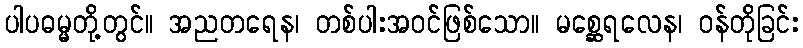
ပါပဓမ္မတို့တွင်။ အညတရေန၊ တစ်ပါးအဝင်ဖြစ်သော။ မစ္ဆေရလေန၊ ဝန်တိုခြင်း